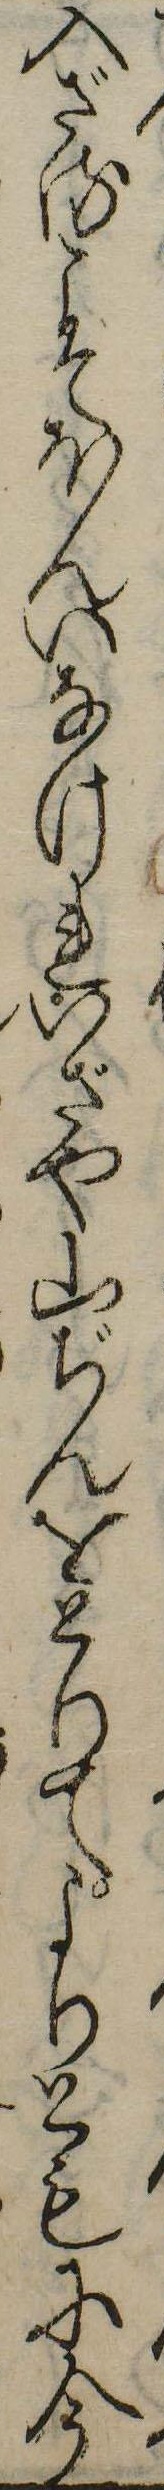
入ざるこそほんいなけれいざや山ぢんをとりてよりともに今